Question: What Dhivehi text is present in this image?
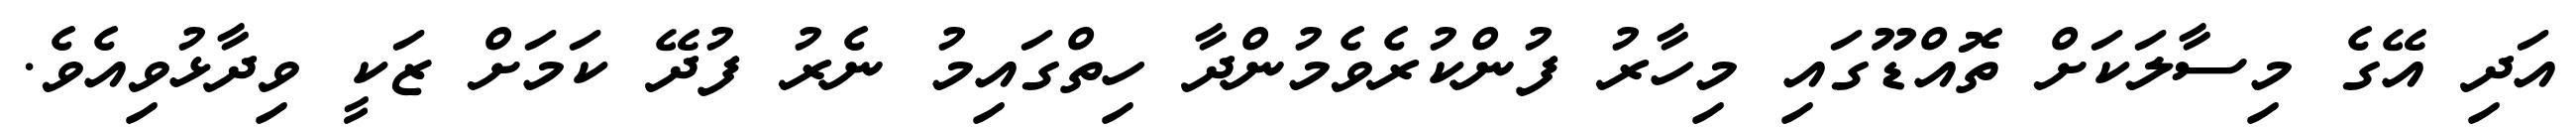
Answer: އަދި އޭގެ މިސާލަކަށް ތޮއްޑޫގައި މިހާރު ފުންކުރެވެމުންދާ ހިތްގައިމު ނެރު ފުދޭ ކަމަށް ޒަކީ ވިދާޅުވިއެވެ.